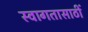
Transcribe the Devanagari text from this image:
स्वागतासाठीं